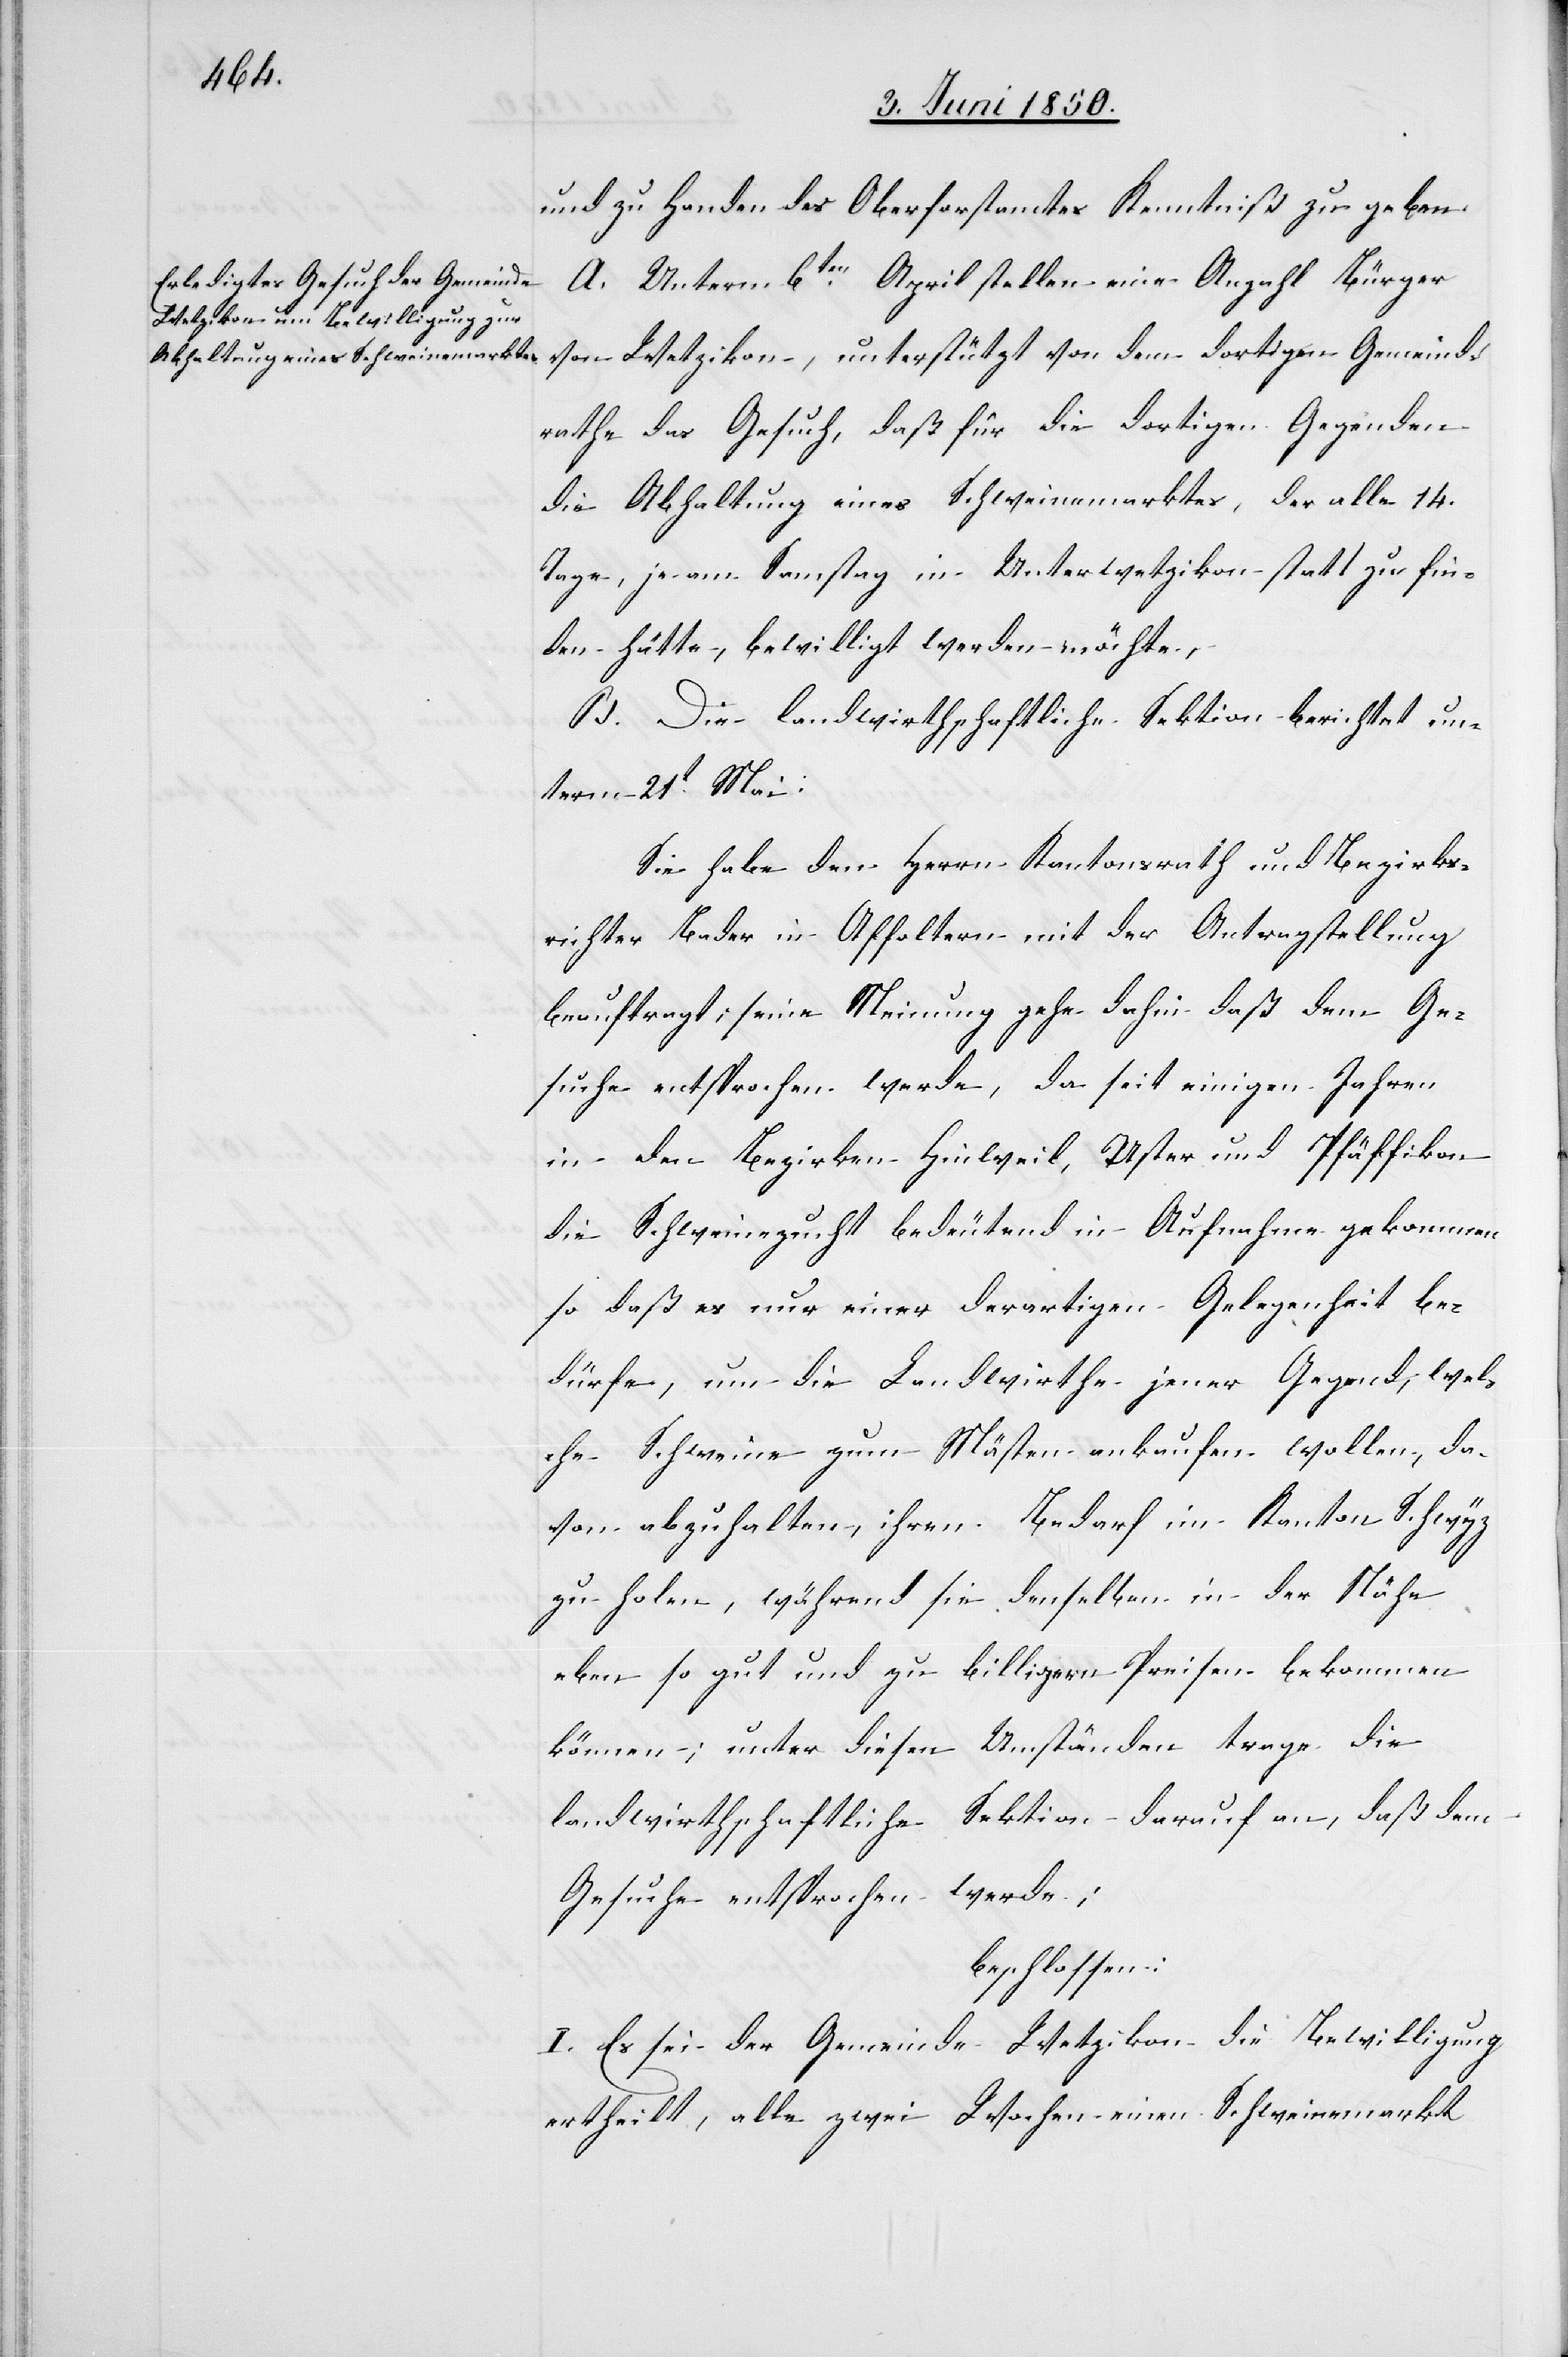
und zu Handen des Oberforstamtes Kenntniß zu geben.
A. Unterm 6ten April stellen eine Anzahl Bürger
von Wetzikon, unterstützt von dem dortigen Gemeind¬
rathe das Gesuch, daß für die dortigen Gegenden
die Abhaltung eines Schweinemarktes, der alle 14.
Tage, je am Samstag in Unterwetzikon statt zu fin¬
den hätte, bewilligt werden möchte,
B. Die landwirthschaftliche Sektion berichtet un¬
term 21t Mai:
Sie habe den Herrn Kantonsrath und Bezirks¬
richter Bader in Affoltern mit der Antragstellung
beauftragt; seine Meinung gehe dahin daß dem Ge¬
suche entsprochen werde, da seit einigen Jahren
in den Bezirken Hinweil, Uster und Pfäffikon
die Schweinezucht bedeutend in Aufnahme gekommen
so daß es nur einer derartigen Gelegenheit be¬
dürfe, um die Landwirthe jener Gegend, wel¬
che Schweine zum Mästen ankaufen wollen, da¬
von abzuhalten, ihren Bedarf im Kanton Schwyz
zu holen, während sie denselben in der Nähe
eben so gut und zu billigern Preisen bekommen
können; unter diesen Umständen trage die
landwirthschaftliche Sektion darauf an, daß dem
Gesuche entsprochen werde;
beschlossen:
I. Es sei der Gemeinde Wetzikon die Bewilligung
ertheilt, alle zwei Wochen einen Schweinemarkt